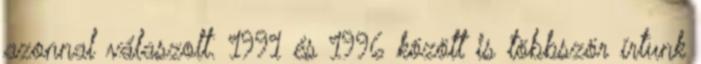
azonnal válaszolt. 1991 és 1996 között is többször írtunk